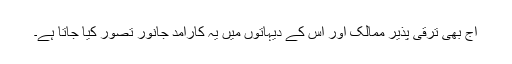
آج بھی ترقی پذیر ممالک اور اس کے دیہاتوں میں یہ کارآمد جانور تصور کیا جاتا ہے۔